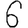
Digit: 6